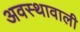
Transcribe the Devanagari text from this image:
अवस्थावाली